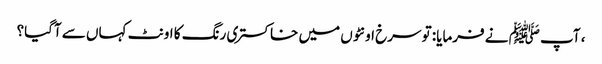
، آپ ﷺ نے فرمایا: تو سرخ اونٹوں میں خاکستری رنگ کا اونٹ کہاں سے آگیا؟